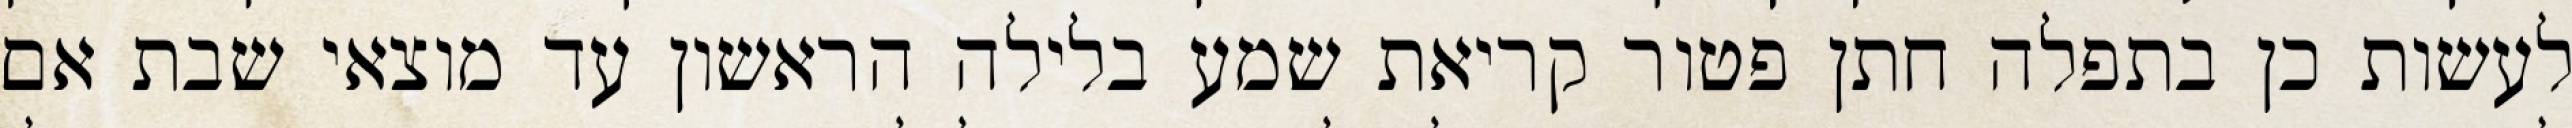
לעשות כן בתפלה חתן פטור קריאת שמע בלילה הראשון עד מוצאי שבת אם